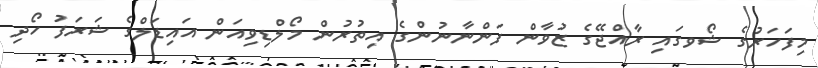
މިފަހަރުގެ ޝޯވގައި ރާއްޖޭގެ ޒުވާން ފަންނާނުންގެ އިތުރުން މޯލްޑިވިއަން އައިޑަލްގެ ޝަރަފު ހޯދި